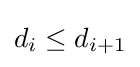
d_{i}\leq d_{i+1}